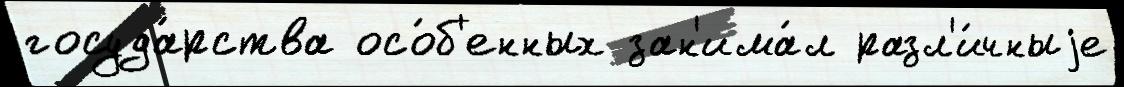
госуда́рства осо́б'енных зан'има́л разл'и́чныjе